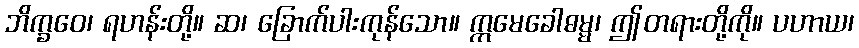
ဘိက္ခဝေ၊ ရဟန်းတို့။ ဆ၊ ခြောက်ပါးကုန်သော။ ဣမေခေါဓမ္မ၊ ဤတရားတို့ကို။ ပဟာယ၊